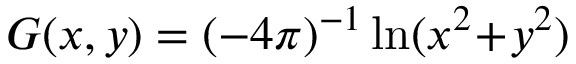
G ( x , y ) = ( - 4 \pi ) ^ { - 1 } \ln ( x ^ { 2 } \! + \! y ^ { 2 } )